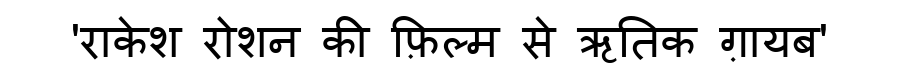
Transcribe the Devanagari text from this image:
'राकेश रोशन की फ़िल्म से ऋतिक ग़ायब'